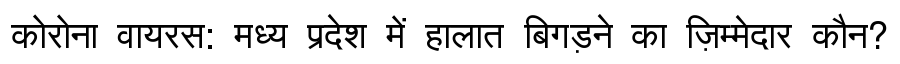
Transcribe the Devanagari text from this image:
कोरोना वायरस: मध्य प्रदेश में हालात बिगड़ने का ज़िम्मेदार कौन?